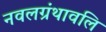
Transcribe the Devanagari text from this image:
नवलग्रंथावलि